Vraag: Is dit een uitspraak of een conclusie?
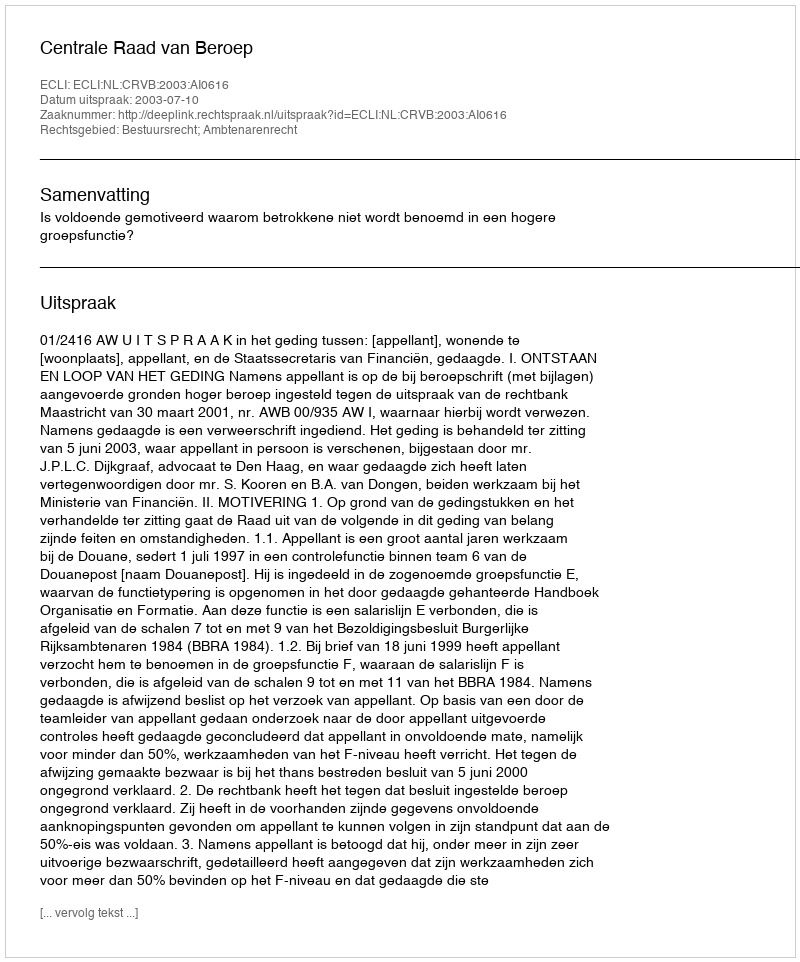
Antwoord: Uitspraak